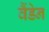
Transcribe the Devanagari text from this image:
वैंडेन